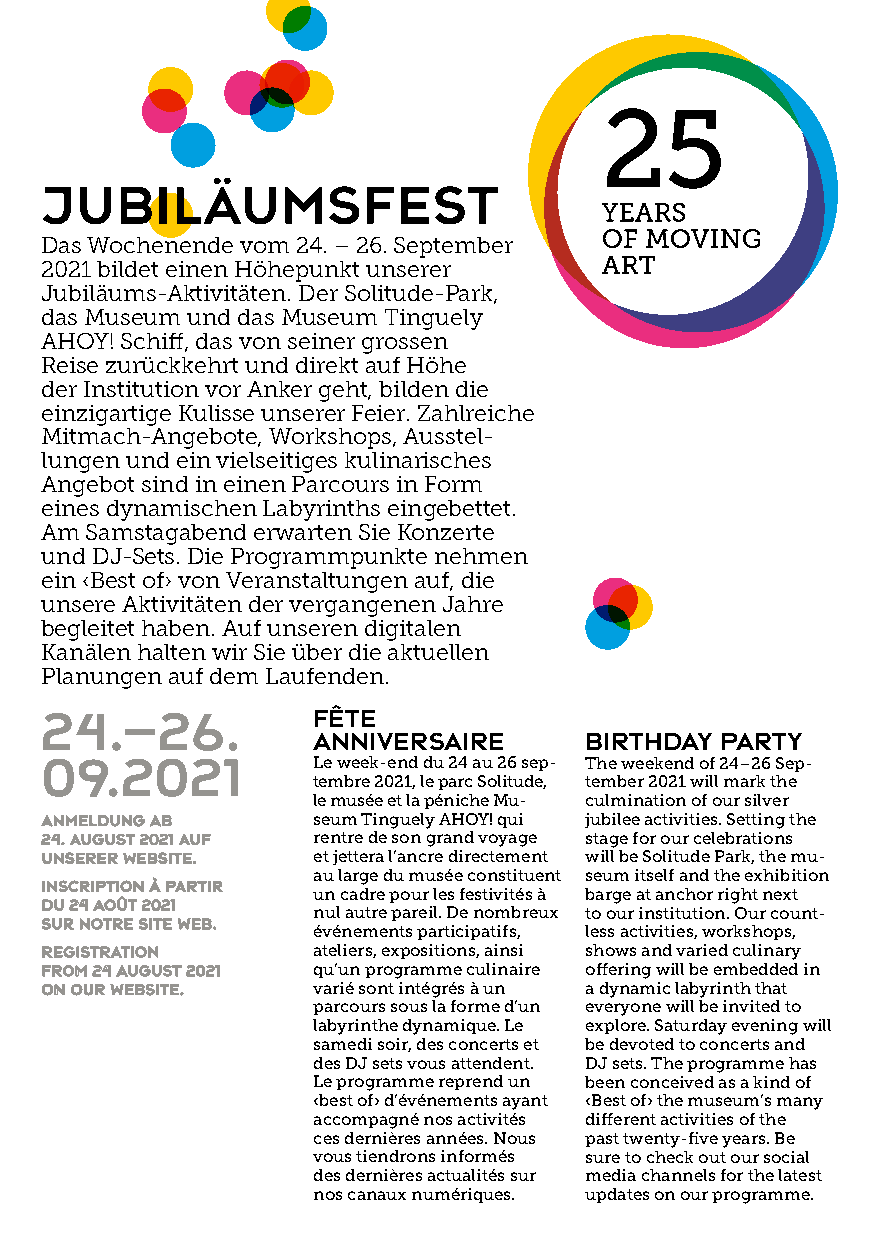
Jubiläumsfest
 Das Wochenende vom 24. – 26. September
 2021 bildet einen Höhepunkt unserer
 Jubiläums­Aktivitäten. Der Solitude­Park,
 das Museum und das Museum Tinguely
 AHOY! Schiff, das von seiner grossen
 Reise zurückkehrt und direkt auf Höhe
 der Institution vor Anker geht, bilden die
 einzigartige Kulisse unserer Feier. Zahlreiche
 Mitmach­Angebote, Workshops, Ausstel­
 lungen und ein vielseitiges kulina risches
 Angebot sind in einen Parcours in Form
 eines dynamischen Labyrinths ein gebettet.
 Am Samstagabend erwarten Sie Konzerte
 und DJ­Sets. Die Programmpunkte nehmen
 ein ‹Best of› von Veranstaltungen auf, die
 unsere Aktivitäten der vergangenen Jahre
 begleitet haben. Auf unseren digitalen
 Kanälen halten wir Sie über die aktuellen
 Planungen auf dem Laufenden.
 24.–26.           fête
 anniversaire      birthday party
 09.2021           Le week-end du 24 au 26 sep- The weekend of 24–26 Sep-
 tembre 2021, le parc Solitude, tember 2021 will mark the
 le musée et la péniche Mu- culmination of our silver
 AAnnmmeelldduunngg aabb seum Tinguely AHOY! qui jubilee activities. Setting the
 2244.. AAuugguusstt 22002211 aauuff rentre de son grand voyage stage for our celebrations
 uunnsseerreerr WWeebbssiittee.. et jettera l’ancre directement will be Solitude Park, the mu-
 au large du musée constituent seum itself and the exhib ition
 IInnssccrriippttiioonn àà ppaarrttiirr
 un cadre pour les festivités à barge at anchor right next
 dduu 2244 aaooûûtt 22002211
 nul autre pareil. De nombreux to our institution. Our count-
 ssuurr nnoottrree ssiittee wweebb..
 événements participatifs, less activities, workshops,
 rreeggiissttrraattiioonn ateliers, ex positions, ainsi shows and varied culinary
 ffrroomm 2244 AAuugguusstt 22002211 qu’un programme culinaire offering will be embedded in
 oonn oouurr wweebbssiittee.. varié sont intégrés à un a dynamic labyrinth that
 parcours sous la forme d’un everyone will be invited to
 labyrinthe dynamique. Le explore. Saturday evening will
 samedi soir, des concerts et be devoted to concerts and
 des DJ sets vous attendent. DJ sets. The programme has
 Le programme reprend un been conceived as a kind of
 ‹best of› d’événements ayant ‹Best of› the museum’s many
 ac compagné nos activités different activities of the
 ces dernières années. Nous past twenty-five years. Be
 vous tiendrons informés sure to check out our social
 des dernières actualités sur media channels for the latest
 nos canaux numériques. updates on our programme.